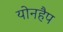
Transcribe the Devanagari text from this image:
योनहैप